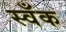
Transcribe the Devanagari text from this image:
स्वँक